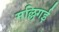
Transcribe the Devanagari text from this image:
मल्लिगई